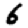
Digit: 6